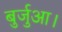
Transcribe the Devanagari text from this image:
बुर्जुआ।